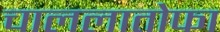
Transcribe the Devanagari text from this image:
चाललातोफा